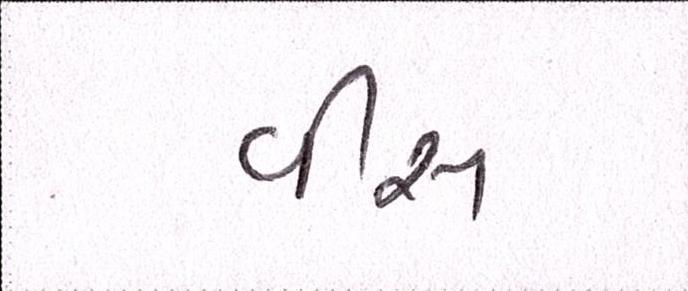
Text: વીસ